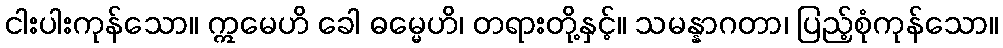
ငါးပါးကုန်သော။ ဣမေဟိ ခေါ ဓမ္မေဟိ၊ တရားတို့နှင့်။ သမန္နာဂတာ၊ ပြည့်စုံကုန်သော။